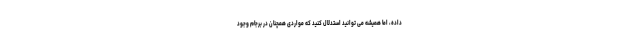
داده، اما همیشه می توانید استدلال کنید که مواردی همچنان در برجام وجود